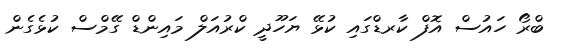
ބްރޯ ހައުސް އޮފް ކާރޑްގައި ކުޅޭ ޔަހޫދީ ކްރުއަލް މައިންޑް ގޭމްސް ކުޅެގެން